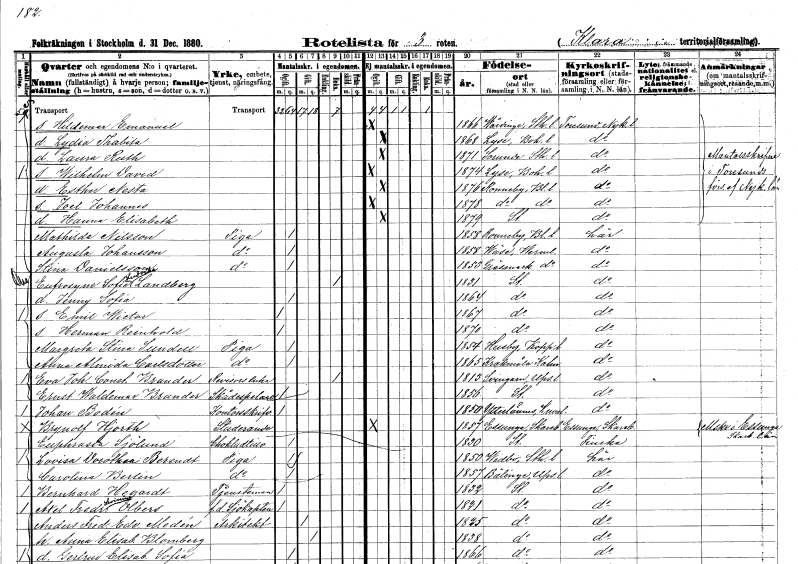
gt_parse: households: individuals: FN: Hildemar Emanuel
KON: M
CIV: O
FODAR: 1866
FODFORS: Vårdinge Stockholms län
FN: Lydia Thabita
KON: K
CIV: O
FODAR: 1868
FODFORS: Lyse Göteborgs- och Bohuslän
FN: Laura Ruth
KON: K
CIV: O
FODAR: 1871
FODFORS: Sorunda Södermanlands län
FN: Wilhelm David
KON: M
CIV: O
FODAR: 1874
FODFORS: Lyse Göteborgs- och Bohuslän
FN: Esther Nesta
KON: K
CIV: O
FODAR: 1876
FODFORS: Ronneby Blekinge län
FN: Joel Johannes
KON: M
CIV: O
FODAR: 1878
FODFORS: Ronneby Blekinge län
FN: Hanna Elisabeth
KON: K
CIV: O
FODAR: 1879
FODFORS: Stockholm
FN: Mathilda
EN: Nilsson
YRKE: Piga
KON: K
CIV: O
FODAR: 1858
FODFORS: Ronneby Blekinge län
FN: Augusta
EN: Johansson
YRKE: Piga
KON: K
CIV: O
FODAR: 1858
FODFORS: Väse Värmlands län
FN: Stina
EN: Danielsson
YRKE: Piga
KON: K
CIV: O
FODAR: 1853
FODFORS: Gräsmark Värmlands län
FN: Eufrosyne Sofia Ludvika
EN: Landberg
KON: K
CIV: E
FODAR: 1831
FODFORS: Stockholm
FN: Jenny Sofia
KON: K
CIV: O
FODAR: 1864
FODFORS: Stockholm
FN: Emil Wictor
KON: M
CIV: O
FODAR: 1867
FODFORS: Stockholm
FN: Herman Reinhold
KON: M
CIV: O
FODAR: 1870
FODFORS: Stockholm
FN: Margreta Stina
EN: Sundell
YRKE: Piga
KON: K
CIV: O
FODAR: 1854
FODFORS: Husby Kopparbergs län
FN: Anna Almida
EN: Carlsdotter
YRKE: Piga
KON: K
CIV: O
FODAR: 1865
FODFORS: Kråksmåla Kalmar län
FN: Eva Johanna Constantia
EN: Brander
YRKE: Revisorsänka
KON: K
CIV: E
FODAR: 1813
FODFORS: Svinnegarn Uppsala län
FN: Ernst Waldemar
EN: Brander
YRKE: Skådespelare
KON: M
CIV: O
FODAR: 1856
FODFORS: Stockholm
FN: Johan
EN: Bodén
YRKE: Kontorsskrivare
KON: M
CIV: O
FODAR: 1850
FODFORS: Ytterlännäs Västernorrlands län
FN: Brynolf
EN: Hjorth
YRKE: Studerande
KON: M
CIV: O
FODAR: 1857
FODFORS: Essunga Skaraborgs län
FN: Euphrasta
EN: Sjölund
YRKE: Chokladtillverkare
KON: K
CIV: O
FODAR: 1830
FODFORS: Stockholm
FN: Lovisa Dorothea
EN: Berendt
YRKE: Piga
KON: K
CIV: O
FODAR: 1850
FODFORS: Vidbo Stockholms län
FN: Carolina
EN: Berlin
YRKE: Piga
KON: K
CIV: O
FODAR: 1857
FODFORS: Bälinge Uppsala län
FN: Bernhard
EN: Hegardt
YRKE: Tjänsteman vid obestämd arbetsplats
KON: M
CIV: O
FODAR: 1832
FODFORS: Stockholm
FN: Axel Fredrik Levinius
EN: Olbers
YRKE: Sjökapten f.d.
KON: M
CIV: O
FODAR: 1821
FODFORS: Stockholm
FN: Anders Fredrik Edvard
EN: Medén
YRKE: Arkitekt
KON: M
CIV: G
FODAR: 1825
FODFORS: Stockholm
FN: Anna Elisabet
EN: Blomberg
KON: K
CIV: G
FODAR: 1838
FODFORS: Stockholm
FN: Gertrud Elisabet Sofia
KON: K
CIV: O
FODAR: 1866
FODFORS: Stockholm